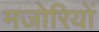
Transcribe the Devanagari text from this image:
मजोरियों